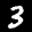
Label: 3